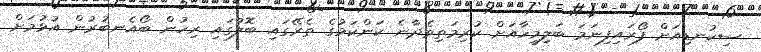
ސިކުނޑިއަށް ފޯރައިފިނަމަ ބަލިމީހާއަށް ކުރިމަތިވެދާނެ ކަންކަމުގެ ތެރޭގައި ބޮލުގައި ރިހުން ބޯއެނބުރުން އުޅުމަށް